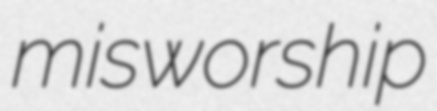
misworship